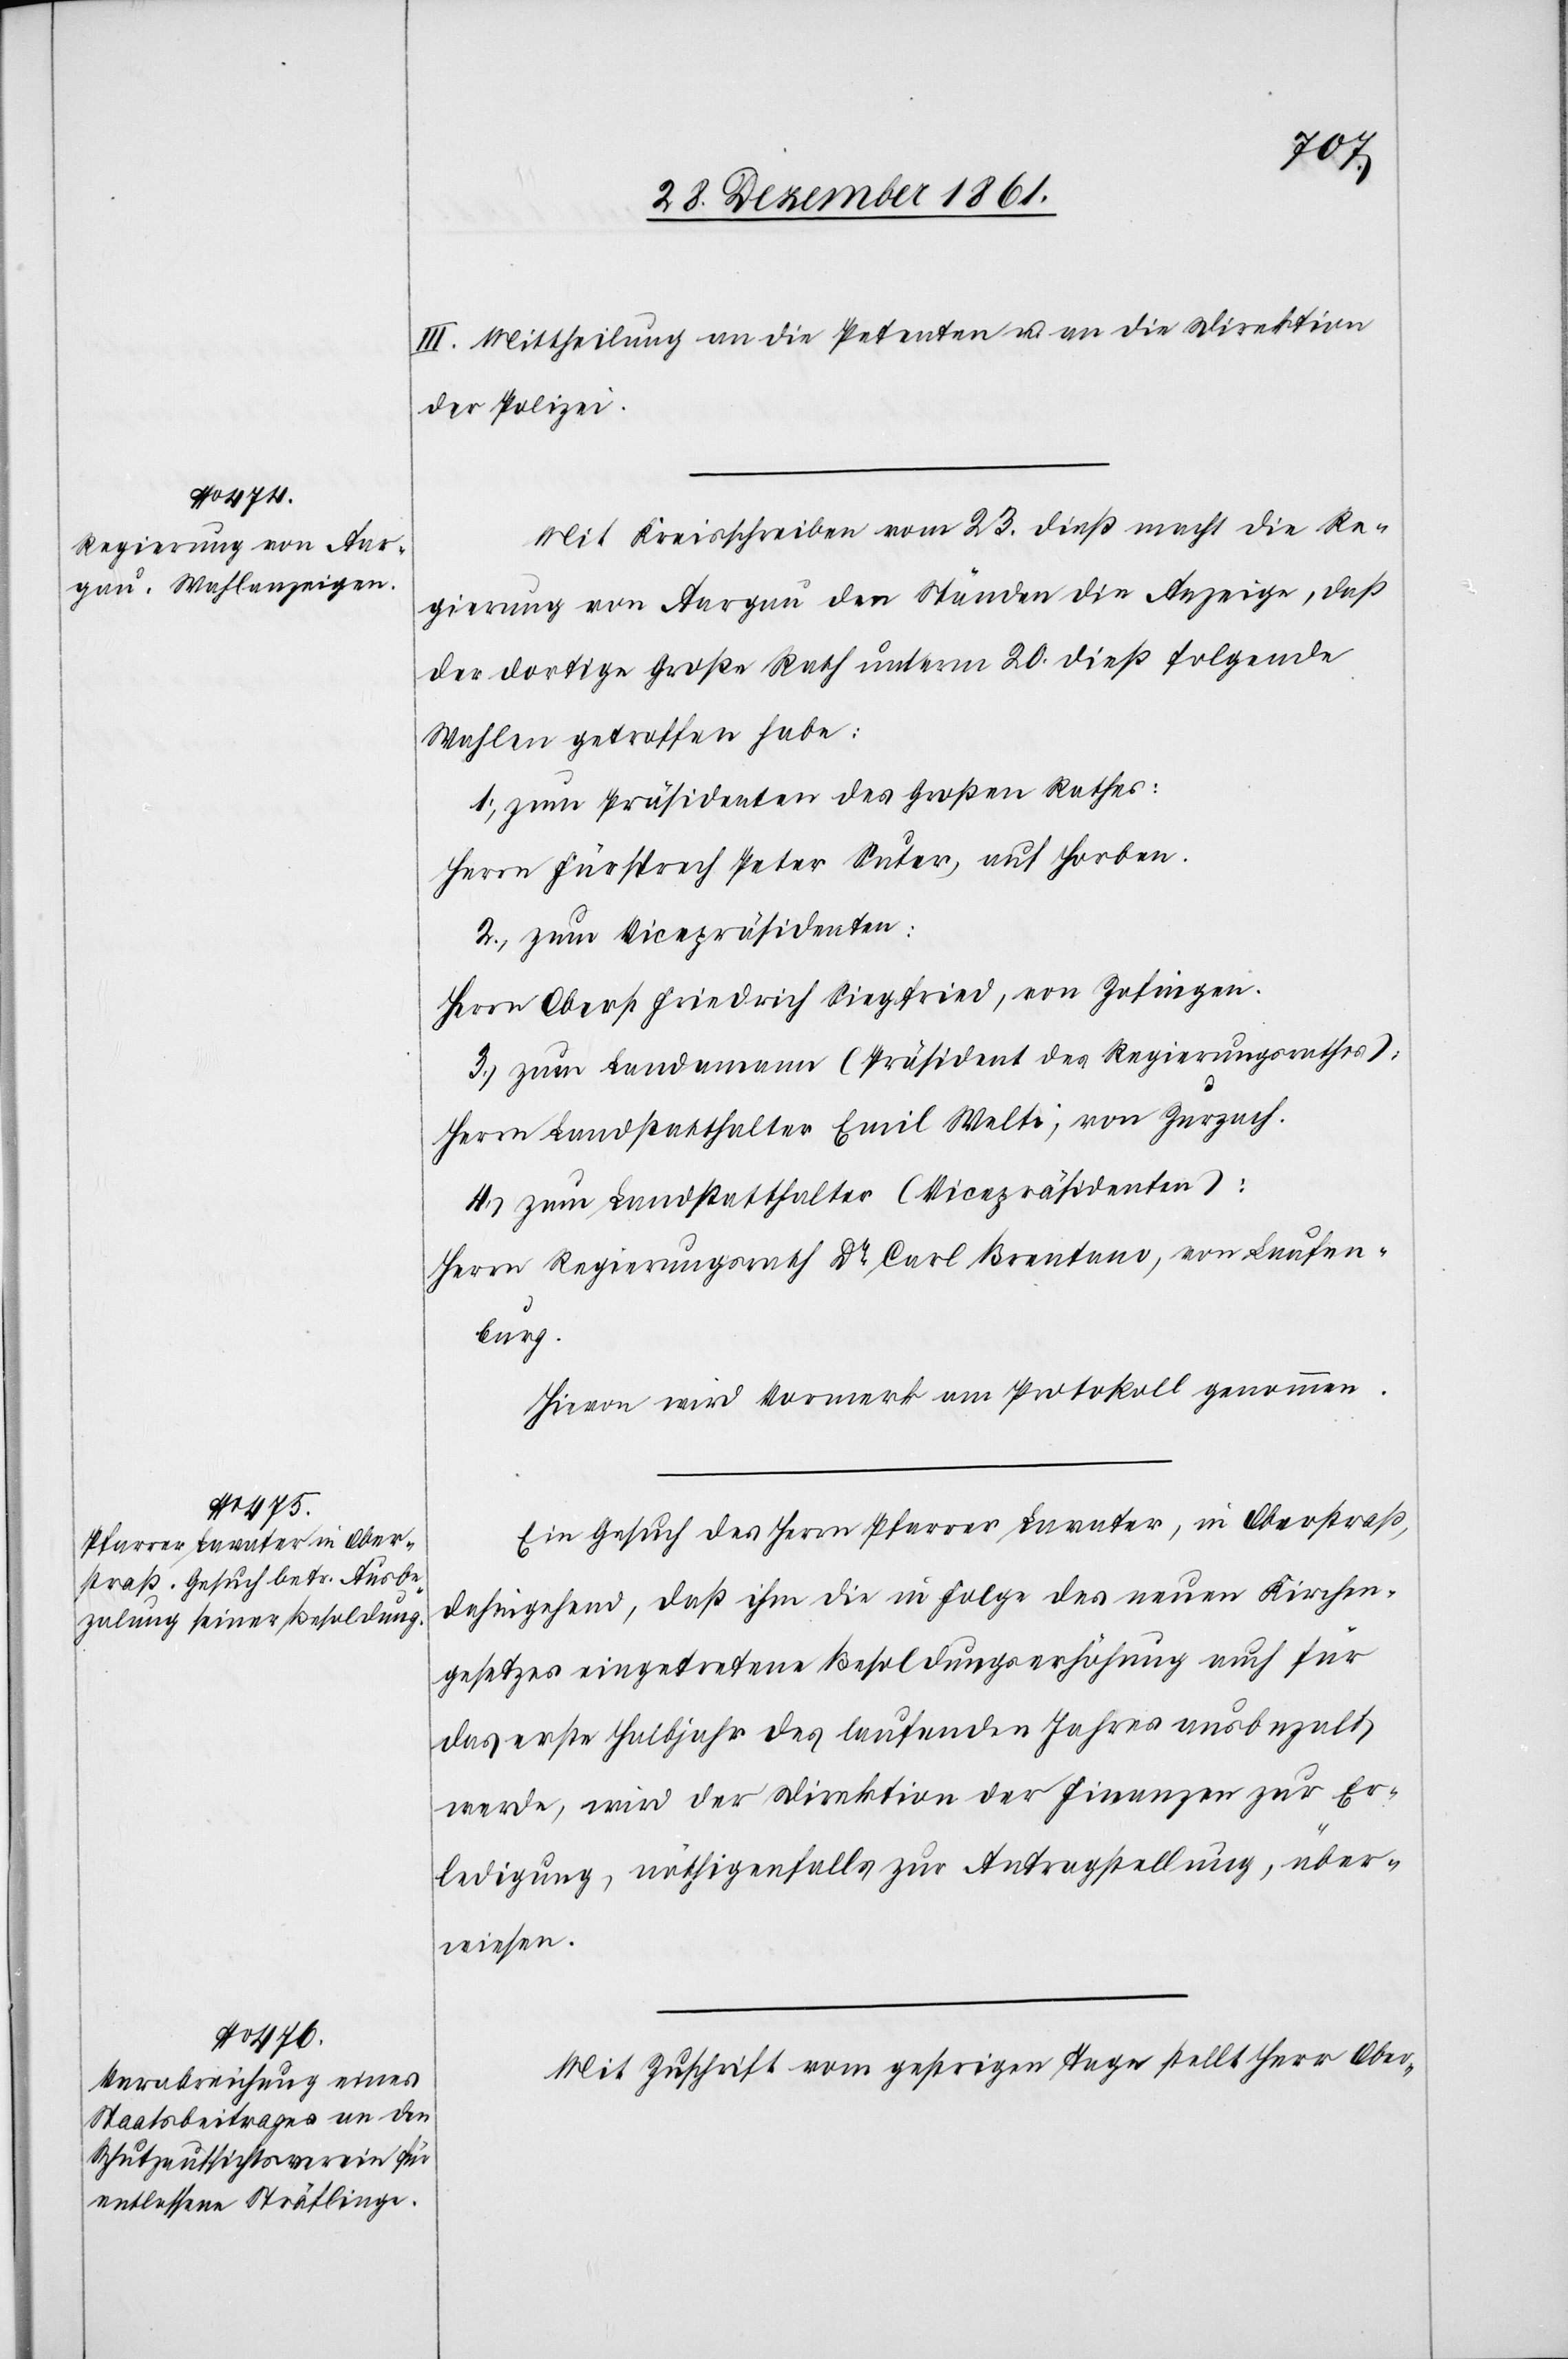
III. Mittheilung an die Petenten u. an die Direktion
der Polizei.
Mit Kreisschreiben vom 23 dieß macht die Re¬
gierung von Aargau den Ständen die Anzeige, daß
der dortige Große Rath unterm 20 dieß folgende
Wahlen getroffen habe;
1. zum Präsidenten des Großen Rathes:
Herrn Fürsprech Peter Suter, auf Horben.
2. zum Vicepräsidenten.
Herrn Oberst Friedrich Siegfried, von Zofingen.
3. zum Landamnann (Präsident des Regierungsrathes.)
Herrn Landstatthalter Emil Welti, von Zurzach.
4. zum Landstatthalter (Vicepräsidenten):
Herrn Regierungsrath Dr Carl Brentano, von Laufen¬
burg.
Hievon wird Vormerk am Protokoll genommen.
Ein Gesuch des Herrn Pfarrer Lavater, in Oberstraß,
dahingehend, daß ihm die in Folge des neuen Kirchen¬
gesetzes eingetretene Besoldungserhöhung auch für
das erste Halbjahr des laufenden Jahres ausbezalt
werde, wird der Direktion der Finanzen zur Er¬
ledigung, nöthigenfalls zur Antragstellung, über¬
wiesen.
Mit Zuschrift vom gestrigen Tage stellt Herr Ober-